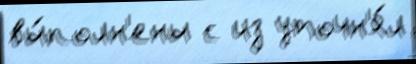
вы́полн'ены с из уточн'я́л